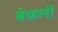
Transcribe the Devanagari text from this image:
बेकली